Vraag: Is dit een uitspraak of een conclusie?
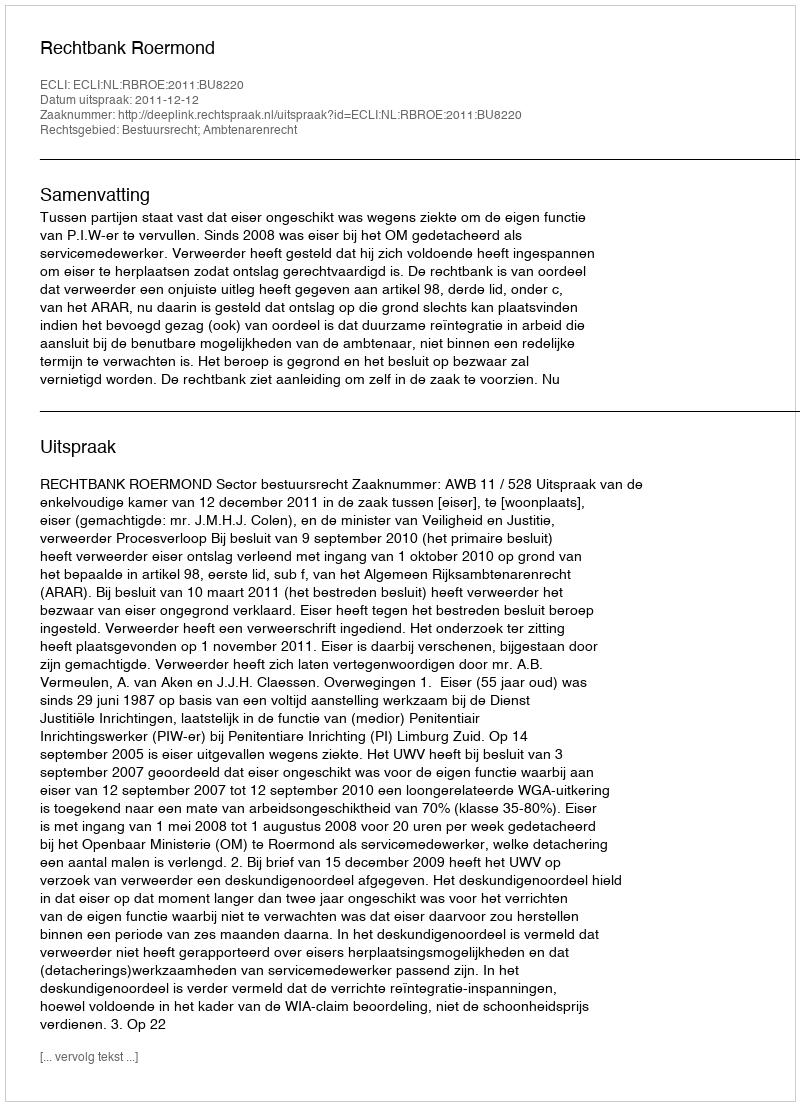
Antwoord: Uitspraak